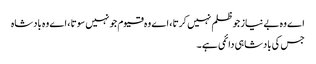
اے وہ بے نیاز جو ظلم نہیں کرتا ، اے وہ قیوم جو نہیں سوتا ، اے وہ بادشاہ
جس کی بادشاہی دائمی ہے ۔